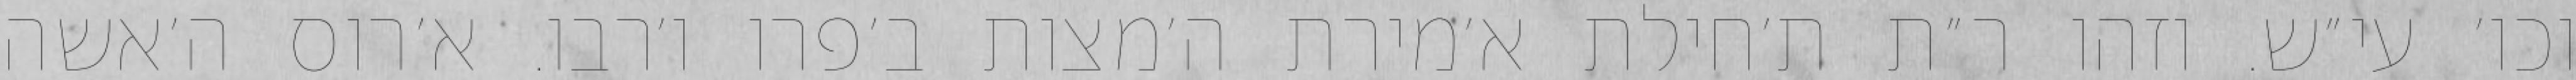
וכו׳ עי״ש. וזהו ר״ת ת׳חילת א׳מירת ה׳מצות ב׳פרו ו׳רבו. א׳רוס ה׳אשה